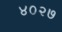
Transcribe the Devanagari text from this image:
४०२७